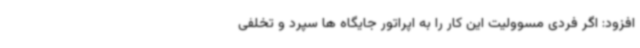
افزود: اگر فردی مسوولیت این کار را به اپراتور جایگاه ها سپرد و تخلفی